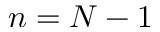
n = N - 1